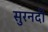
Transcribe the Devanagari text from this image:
सुरनदी